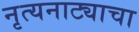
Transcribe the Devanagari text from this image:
नृत्यनाट्याचा